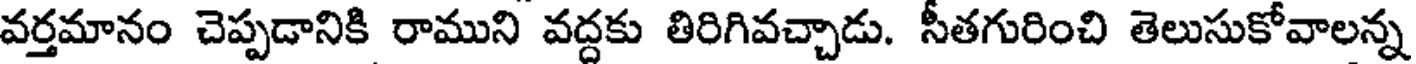
వర్తమానం చెప్పడానికి రాముని వద్దకు తిరిగివచ్చాడు. సీతగురించి తెలుసుకోవాలన్న